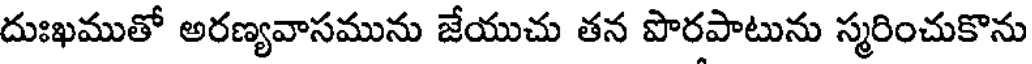
దుఃఖముతో అరణ్యవాసమును జేయుచు తన పొరపాటును స్మరించుకొను